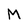
Character: M